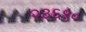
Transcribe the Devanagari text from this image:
२३६९०